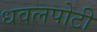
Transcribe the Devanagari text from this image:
धवलपोटी